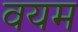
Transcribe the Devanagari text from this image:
वयम